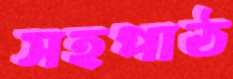
সহপাঠ